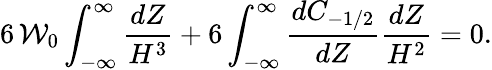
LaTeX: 6\, \mathcal{W}_{0}\int_{-\infty}^{\infty}\frac{dZ}{H^{3}}+6\int_{-\infty}^{\infty}\frac{dC_{-1/2}}{dZ}\frac{dZ}{H^{2}}=0.